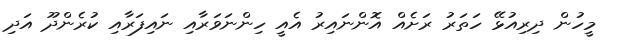
މީހުން ދިރިއުޅޭ ހަތަރު ރަށެއް އޮންނައިރު އެއީ ހިންނަވަރާއި ނައިފަރާއި ކުރެންދޫ އަދި